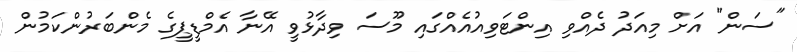
"ސަން" އަށް މިއަދު ދެއްވި އިންޓަވިއުއެއްގައި މޫސަ ވިދާޅުވީ އޭނާ އެމްޑީޕީގެ މެންބަރުންކަމުން